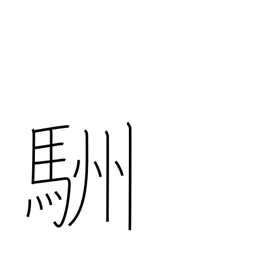
Meaning: horse's tail